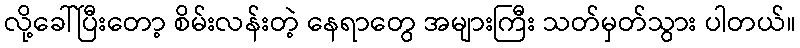
လို့ခေါ်ပြီးတော့ စိမ်းလန်းတဲ့ နေရာတွေ အများကြီး သတ်မှတ်သွား ပါတယ်။